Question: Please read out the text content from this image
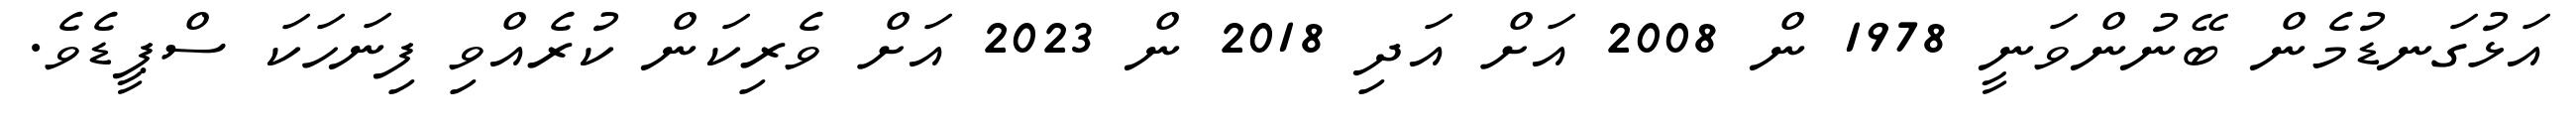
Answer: އަޅުގަނޑުމެން ބޭނުންވަނީ 1978 ން 2008 އަށް އަދި 2018 ން 2023 އަށް ވެރިކަން ކުރެއްވި ފިނަހަކަ ސްޕީޑެވެ.